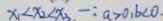
x _ { 1 } < x _ { 2 } < x _ { 3 } - : a > 0 , b < 0 _ { \cdot }